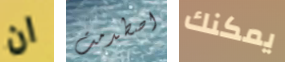
ان اصطدمت يمكنك